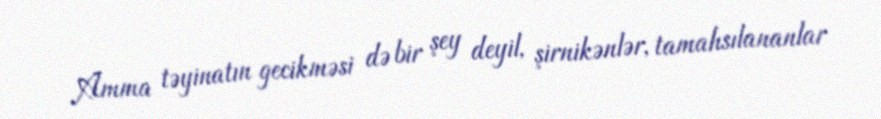
Amma təyinatın gecikməsi də bir şey deyil, şirnikənlər, tamahsılananlar